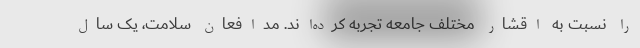
را نسبت به اقشار مختلف جامعه تجربه کرده‌اند. مدافعان سلامت، یک سال